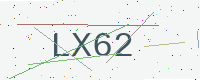
Text: LX62